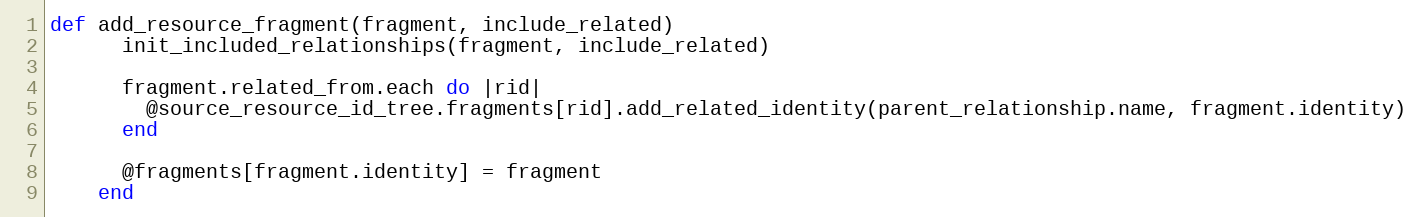
Language: Ruby
def add_resource_fragment(fragment, include_related)
      init_included_relationships(fragment, include_related)

      fragment.related_from.each do |rid|
        @source_resource_id_tree.fragments[rid].add_related_identity(parent_relationship.name, fragment.identity)
      end

      @fragments[fragment.identity] = fragment
    end